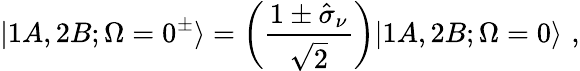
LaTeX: |1A,2B;\Omega=0^{\pm}\rangle=\left(\frac{1\pm\hat{\sigma}_{\nu}}{\sqrt{2}}\right)|1A,2B;\Omega=0\rangle\, \, ,